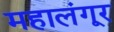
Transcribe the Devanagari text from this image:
महालंगूर